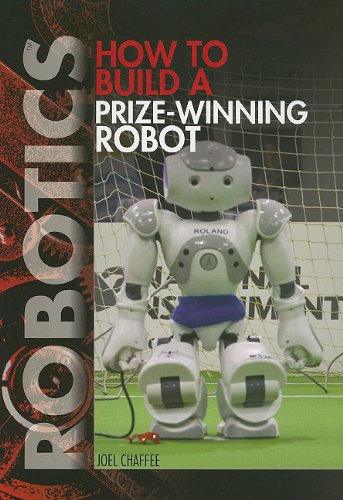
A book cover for How to Build a Prize-winning Robot (Robotics); Joel Chaffee; Children's Books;